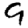
Digit: 9